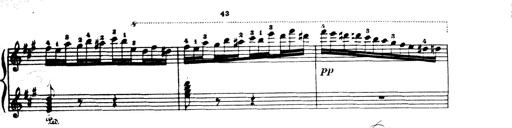
Title: Wagner-Liszt Album
Composer: Franz Liszt